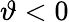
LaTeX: \vartheta<0